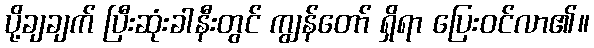
ပို့ချချက် ပြီးဆုံးခါနီးတွင် ကျွန်တော် ရှိရာ ပြေးဝင်လာ၏။